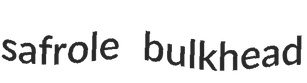
safrole bulkhead